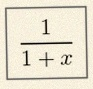
\frac{1}{1+x}